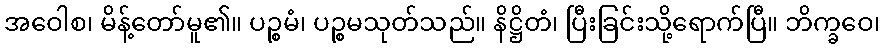
အဝေါစ၊ မိန့်တော်မူ၏။ ပဉ္စမံ၊ ပဉ္စမသုတ်သည်။ နိဋ္ဌိတံ၊ ပြီးခြင်းသို့ရောက်ပြီ။ ဘိက္ခဝေ၊